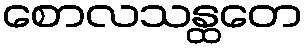
စောလသန္ထတေ